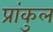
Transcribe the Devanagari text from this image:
प्रांकुल